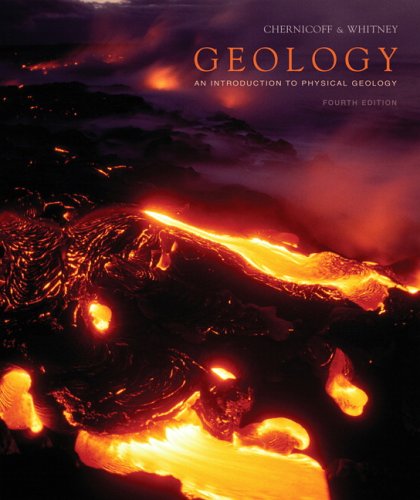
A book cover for Geology (4th Edition); Stanley Chernicoff; Science & Math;